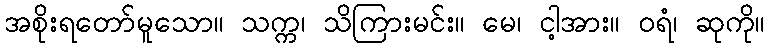
အစိုးရတော်မူသော။ သက္က၊ သိကြားမင်း။ မေ၊ ငါ့အား။ ဝရံ၊ ဆုကို။